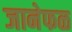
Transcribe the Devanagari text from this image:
जानेफळ